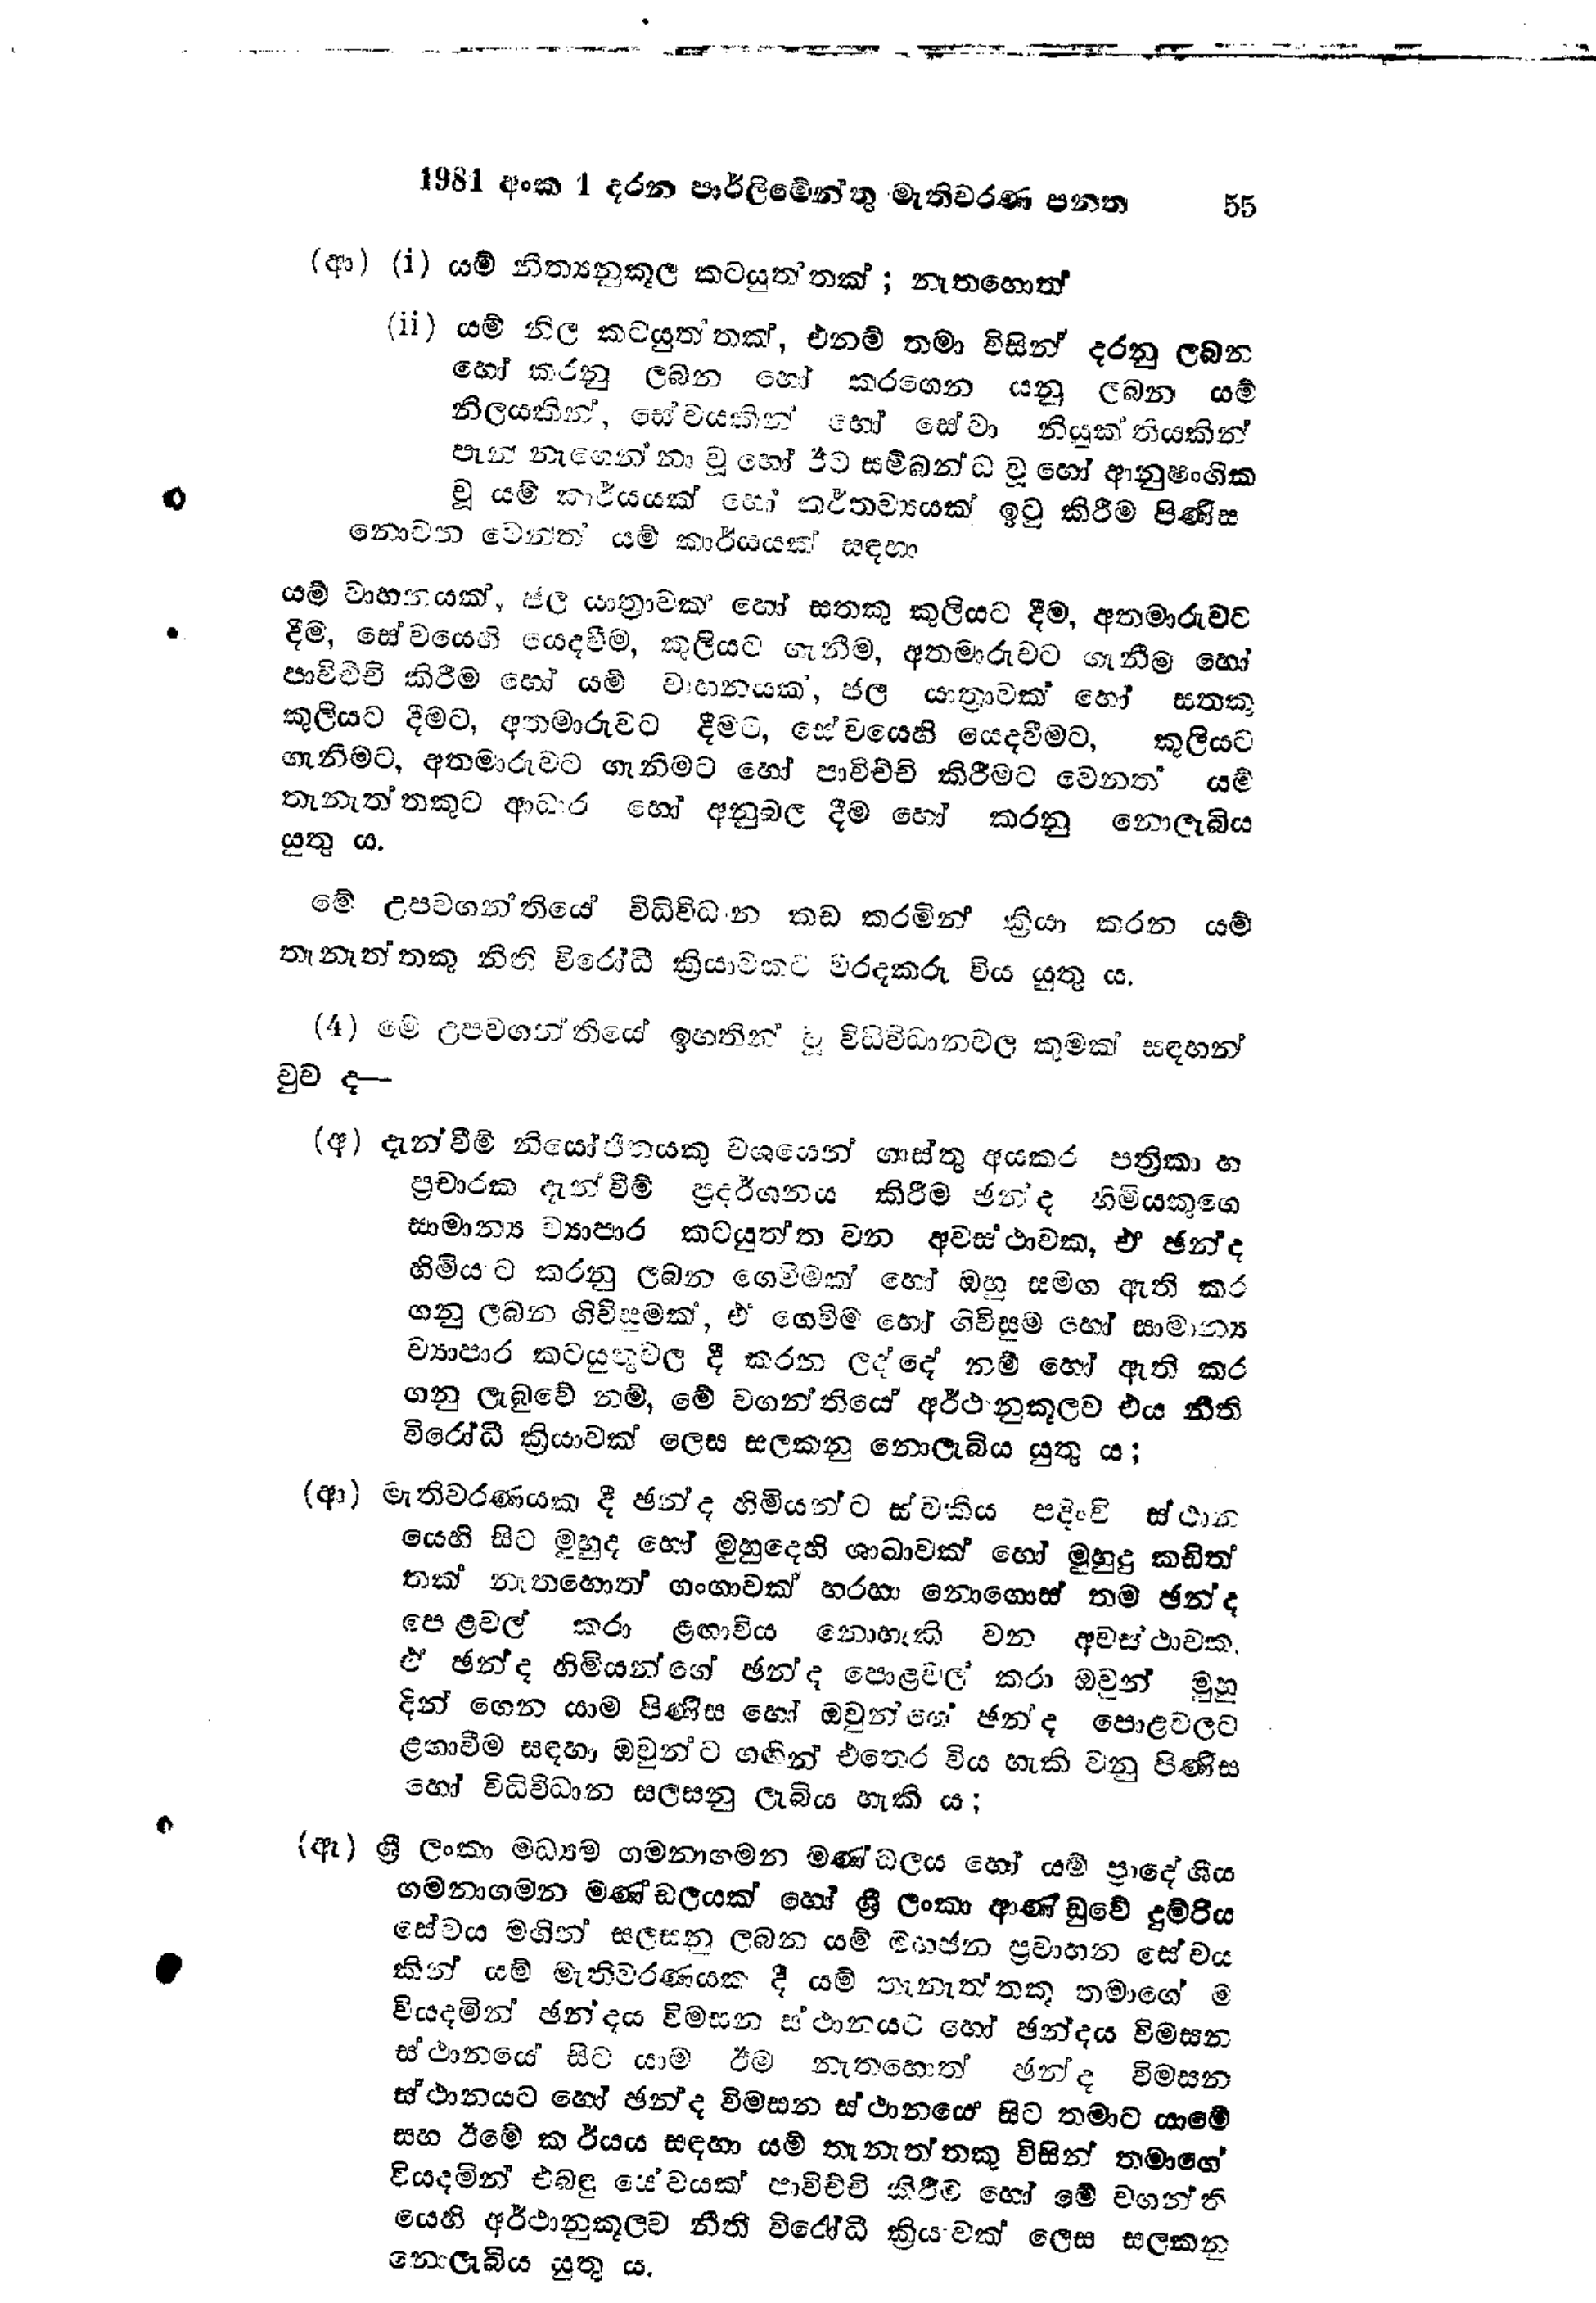
1981 අංක 1 දරන පාර්ලිමේන්තු මැතිවරණ පනත 		55

(ආ) (i) යම් නීත්‍යනුකූල කටයුත්තක්; නැතහොත්

( ii ) යම් නිල කටයුත්තක්, එනම් තමා විසින් දරනු ලබන
හෝ කරනු ලබන හෝ කරගෙන යනු ලබන යම්
නිලයකින්, සේවයකින් හෝ සේවා නියුක්තියකින්
පැන් නැගෙන්නා වූ හෝ ඊට සම්බන්ධ වූ හෝ ආනුෂංගික
වූ යම් කාර්යයක් හෝ කර්තව්‍යයක් ඉටු කිරීම පිණිස
නොවන වෙනත් යම් කාර්යයක් සඳහා

යම් වාහනයක්, ජල යාත්‍රාවක් හෝ සතකු කුලියට දීම, අතමාරුවට
දීම, සේවයෙහි යෙදවීම, කුලියට ගැනීම, අතමාරුවට ගැනීම හෝ
පාවිච්චි කිරීම හෝ යම් වාහනයක්, ජල යාත්‍රාවක් හෝ සතකු
කුලියට දීමට, අතමාරුවට දීමට, සේවයෙහි යෙදවීමට, කුලියට
ගැනීමට, අතමාරුවට ගැනීමට හෝ පාවිච්චි කිරීමට වෙනත් යම්
තැනැත්තකුට ආධාර හෝ අනුබල දීම හෝ කරනු නොලැබිය
යුතු ය.

මේ උපවගන්තියේ විධිවිධාන කඩ කරමින් ක්‍රියා කරන යම්
තැනැත්තකු නිති විරෝධී ක්‍රියාවකට වරදකරු විය යුතු ය.

( 4 ) මේ උපවගන්තියේ ඉහතින් වූ විධිවිධානවල කුමක් සඳහන්
වුව ද -

(අ) දැන්වීම් නියෝජිතයකු වශයෙන් ගාස්තු අයකර පත්‍රිකා හා
ප්‍රචාරක දැන්වීම් ප්‍රදර්ශනය කිරීම ඡන්ද හිමියකුගේ
සාමාන්‍ය ව්‍යාපාර කටයුත්ත වන අවස්ථාවක, ඒ ඡන්ද
හිමියට කරනු ලබන ගෙවීමක් හෝ ඔහු සමඟ ඇති කර
ගනු ලබන ගිවිසුමක්, ඒ ගෙවීම හෝ ගිවිසුම හෝ සාමාන්‍ය
ව්‍යාපාර කටයුතු වල දී කරන ලද්දේ නම් හෝ ඇති කර
ගනු ලැබුවේ නම්, මේ වගන්තියේ අර්ථානුකූලව එය නීති
විරෝධී ක්‍රියාවක් ලෙස සලකනු නොලැබිය යුතු ය;

(ආ) මැතිවරණයක දී ඡන්ද හිමියන්ට ස්වකීය පදිංචි ස්ථාන
යෙහි සිට මුහුද හෝ මුහුදෙහි ශාඛාවක් හෝ මුහුදු කඩිත්
තක් නැතහොත් ගංගාවක් හරහා නොගොස් තම ඡන්ද
පෙළවල් කරා ළඟා විය නොහැකි වන අවස්ථාවක.
ඒ ඡන්ද හිමියන්ගේ ඡන්ද පොළවල් කරා ඔවුන් මුහු
දින් ගෙන යාම පිණිස හෝ ඔවුන්ගේ ඡන්ද පොළවලට
ළඟාවීම සඳහා ඔවුන්ට ගඟින් එතෙර විය හැකි වනු පිණිස
හෝ විධිවිධාන සලසනු ලැබිය හැකි ය;

(ඇ) ශ්‍රී ලංකා මධ්‍යම ගමනාගමන මණ්ඩලය හෝ යම් ප්‍රාදේශීය
ගමනාගමන මණ්ඩලයක් හෝ ශ්‍රී ලංකා ආණ්ඩුවේ දුම්රිය
සේවය මගින් සලසනු ලබන යම් මහජන ප්‍රවාහන සේවය
කින් යම් මැතිවරණයක දී යම් තැනැත්තකු තමාගේ ම
වියදමින් ඡන්දය විමසන ස්ථානයට හෝ ඡන්දය විමසන
ස්ථානයේ සිට යාම ඊම නැතහොත් ඡන්ද විමසන
ස්ථානයට හෝ ඡන්ද විමසන ස්ථානයේ සිට තමාට යාමේ
සහ ඊමේ කාර්යය සඳහා යම් තැනැත්තකු විසින් තමාගේ
වියදමින් එබඳු සේවයක් පාවිච්චි කිරීම හෝ මේ වගන්ති
යෙහි අර්ථානුකූලව නීති විරෝධී ක්‍රියාවක් ලෙස සලකනු
නොලැබිය යුතු ය.